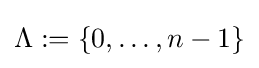
\Lambda :=\lbrace 0,\ldots ,n-1\rbrace